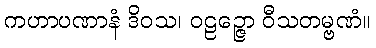
ကဟာပဏာနံ ဒိဝသ၊ ဝဠဉ္ဇော ဝီသတမ္ဗဏံ။